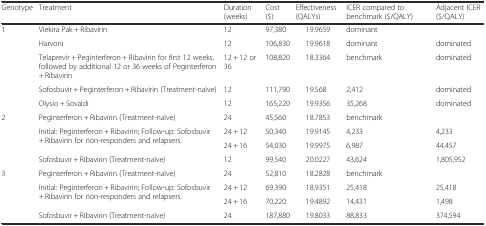
| Genotype | Treatment | Duration (weeks) | Cost ($) | Effectiveness (QALYs) | ICER compared to benchmark ($/QALY) | Adjacent ICER ($/QALY) |
 | --- | --- | --- | --- | --- | --- | --- |
 | <ROWSPAN=5> 1 | Viekira Pak + Ribavirin | 12 | 97,380 | 19.9659 | dominant |  |
 | Harvoni | 12 | 106,830 | 19.9618 | dominant | dominated |
 | Telaprevir + Peginterferon + Ribavirin for first 12 weeks, followed by additional 12 or 36 weeks of Peginterferon + Ribavirin | 12 + 12 or 36 | 108,820 | 18.3364 | benchmark | dominated |
 | Sofosbuvir + Peginterferon + Ribavirin (Treatment-naïve) | 12 | 111,790 | 19.568 | 2,412 | dominated |
 | Olysio + Sovaldi | 12 | 165,220 | 19.9356 | 35,268 | dominated |
 | <ROWSPAN=4> 2 | Peginterferon + Ribavirin (Treatment-naïve) | 24 | 45,560 | 18.7853 | benchmark |  |
 | <ROWSPAN=2> Initial: Peginterferon + Ribavirin; Follow-up: Sofosbuvir + Ribavirin for non-responders and relapsers. | 24 + 12 | 50,340 | 19.9145 | 4,233 | 4,233 |
 | 24 + 16 | 54,030 | 19.9975 | 6,987 | 44,457 |
 | Sofosbuvir + Ribavirin (Treatment-naïve) | 12 | 99,540 | 20.0227 | 43,624 | 1,805,952 |
 | <ROWSPAN=4> 3 | Peginterferon + Ribavirin (Treatment-naïve) | 24 | 52,810 | 18.2828 | benchmark |  |
 | <ROWSPAN=2> Initial: Peginterferon + Ribavirin; Follow-up: Sofosbuvir + Ribavirin for non-responders and relapsers. | 24 + 12 | 69,390 | 18.9351 | 25,418 | 25,418 |
 | 24 + 16 | 70,220 | 19.4892 | 14,431 | 1,498 |
 | Sofosbuvir + Ribavirin (Treatment-naïve) | 24 | 187,880 | 19.8033 | 88,833 | 374,594 |